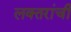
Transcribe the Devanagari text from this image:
लक्‍तरांची